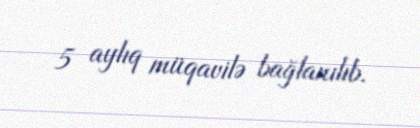
5 aylıq müqavilə bağlanılıb.